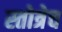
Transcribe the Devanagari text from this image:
स्तोत्रेच